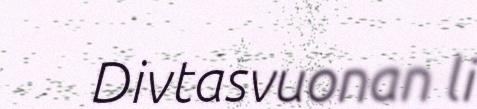
Divtasvuonan li